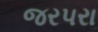
જરપરા